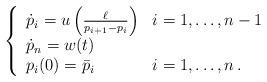
LaTeX: \begin{align*} \left\{ \begin{array}{ll} \dot p_i = u\left(\frac{\ell}{p_{i+1}- p_i}\right) & i=1, \ldots, n-1 \\ \dot p_{n} = w (t) \\ p_i (0) = \bar p_i & i=1, \ldots, n \,. \end{array} \right. \end{align*}